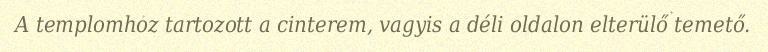
A templomhoz tartozott a cinterem, vagyis a déli oldalon elterülő temető.